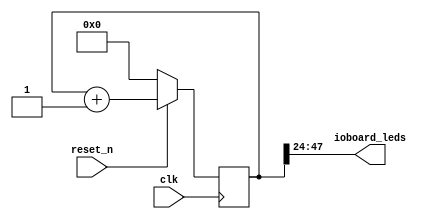
/* Copyright 2023 pitankar@gmail.com
 *
 * Permission is hereby granted, free of charge,
 * to any person obtaining a copy of this software
 * and associated documentation files (the "Software"),
 * to deal in the Software without restriction,
 * including without limitation the rights to use,
 * copy, modify, merge, publish, distribute, sublicense,
 * and/or sell copies of the Software, and to permit
 * persons to whom the Software is furnished to do so,
 * subject to the following conditions:
 *
 * The above copyright notice and this permission
 * notice shall be included in all copies or
 * substantial portions of the Software.
 *
 * THE SOFTWARE IS PROVIDED "AS IS", WITHOUT WARRANTY
 * OF ANY KIND, EXPRESS OR IMPLIED, INCLUDING BUT NOT
 * LIMITED TO THE WARRANTIES OF MERCHANTABILITY,
 * FITNESS FOR A PARTICULAR PURPOSE AND NONINFRINGEMENT.
 * IN NO EVENT SHALL THE AUTHORS OR COPYRIGHT HOLDERS
 * BE LIABLE FOR ANY CLAIM, DAMAGES OR OTHER LIABILITY,
 * WHETHER IN AN ACTION OF CONTRACT, TORT OR OTHERWISE,
 * ARISING FROM, OUT OF OR IN CONNECTION WITH THE SOFTWARE
 * OR THE USE OR OTHER DEALINGS IN THE SOFTWARE.
 **/

/*
 * Blink the LED array on the Alchitry IO board.
 */
module top (
  input clk,
  input reset_n,
  output [23:0] ioboard_leds
);

  reg [47:0] counter;

  always @(posedge clk) begin
    if (!reset_n)
      counter <= 0;
    else
      counter <= counter + 1;
  end

  assign ioboard_leds = counter[47:24];
endmodule